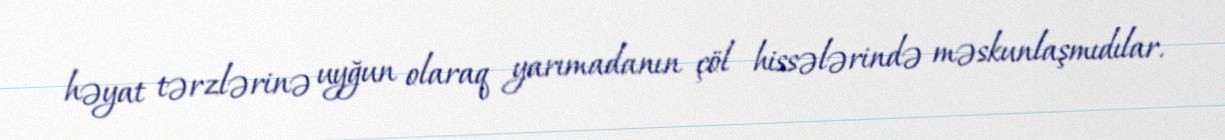
həyat tərzlərinə uyğun olaraq yarımadanın çöl hissələrində məskunlaşmıdılar.